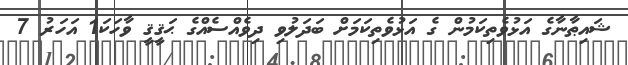
ޝައިޠާނާގެ އަޅުވެތިކަމުން ގެ އަޅުވެތިކަމަށް ބަދަލުވި ދިވެއްސެއްގެ ޙަޤީޤީ ވާހަކަ1 އަހަރު 7